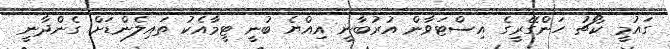
ގައުމީ ކޯޗު ހަންގޭރީގެ އިސްޓަވާން އުރުބާނީ އިއްޔެ ބުނީ ޓީމާއެކު ތައިލެންޑަށް ގެންދާނީ